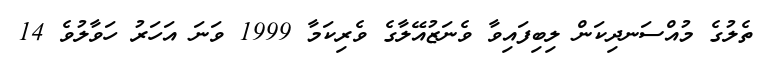
ތެލުގެ މުއްސަނދިކަން ލިބިފައިވާ ވެނަޒުއޭލާގެ ވެރިކަމާ 1999 ވަނަ އަހަރު ހަވާލުވެ 14